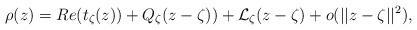
LaTeX: \begin{align*}\rho(z)=Re (t_\zeta(z))+Q_\zeta(z-\zeta))+\mathcal L_\zeta(z-\zeta)+o(||z-\zeta||^2),\end{align*}